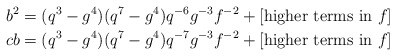
\begin{align*} b^2 &= (q^3 - g^4)(q^7-g^4)q^{-6}g^{-3}f^{-2} + [\textrm{higher terms in }f] \\ cb &= (q^3 - g^4)(q^7-g^4)q^{-7}g^{-3}f^{-2} + [\textrm{higher terms in }f]\end{align*}